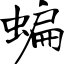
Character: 蝙